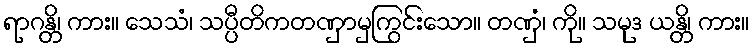
ရာဂန္တိ၊ ကား။ သေသံ၊ သပ္ပီတိကတဏှာမှကြွင်းသော။ တဏှံ၊ ကို။ သမုဒ ယန္တိ၊ ကား။